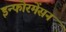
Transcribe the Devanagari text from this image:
इन्फोरमेंसन